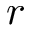
r